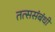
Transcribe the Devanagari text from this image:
तत्ससंबंधी